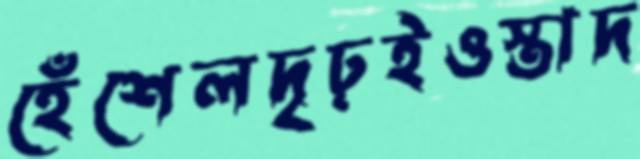
হেঁশেলদৃঢ়ইওস্তাদ